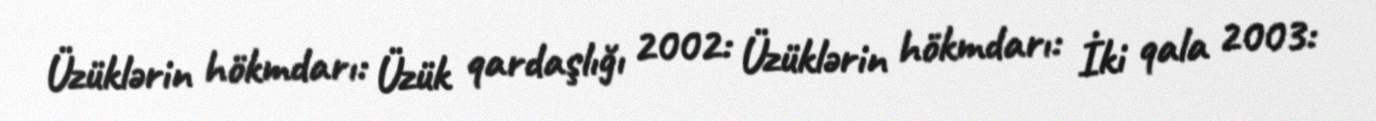
Üzüklərin hökmdarı: Üzük qardaşlığı 2002: Üzüklərin hökmdarı: İki qala 2003: